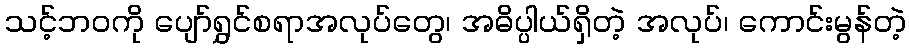
သင့်ဘဝကို ပျော်ရွှင်စရာအလုပ်တွေ၊ အဓိပ္ပါယ်ရှိတဲ့ အလုပ်၊ ကောင်းမွန်တဲ့